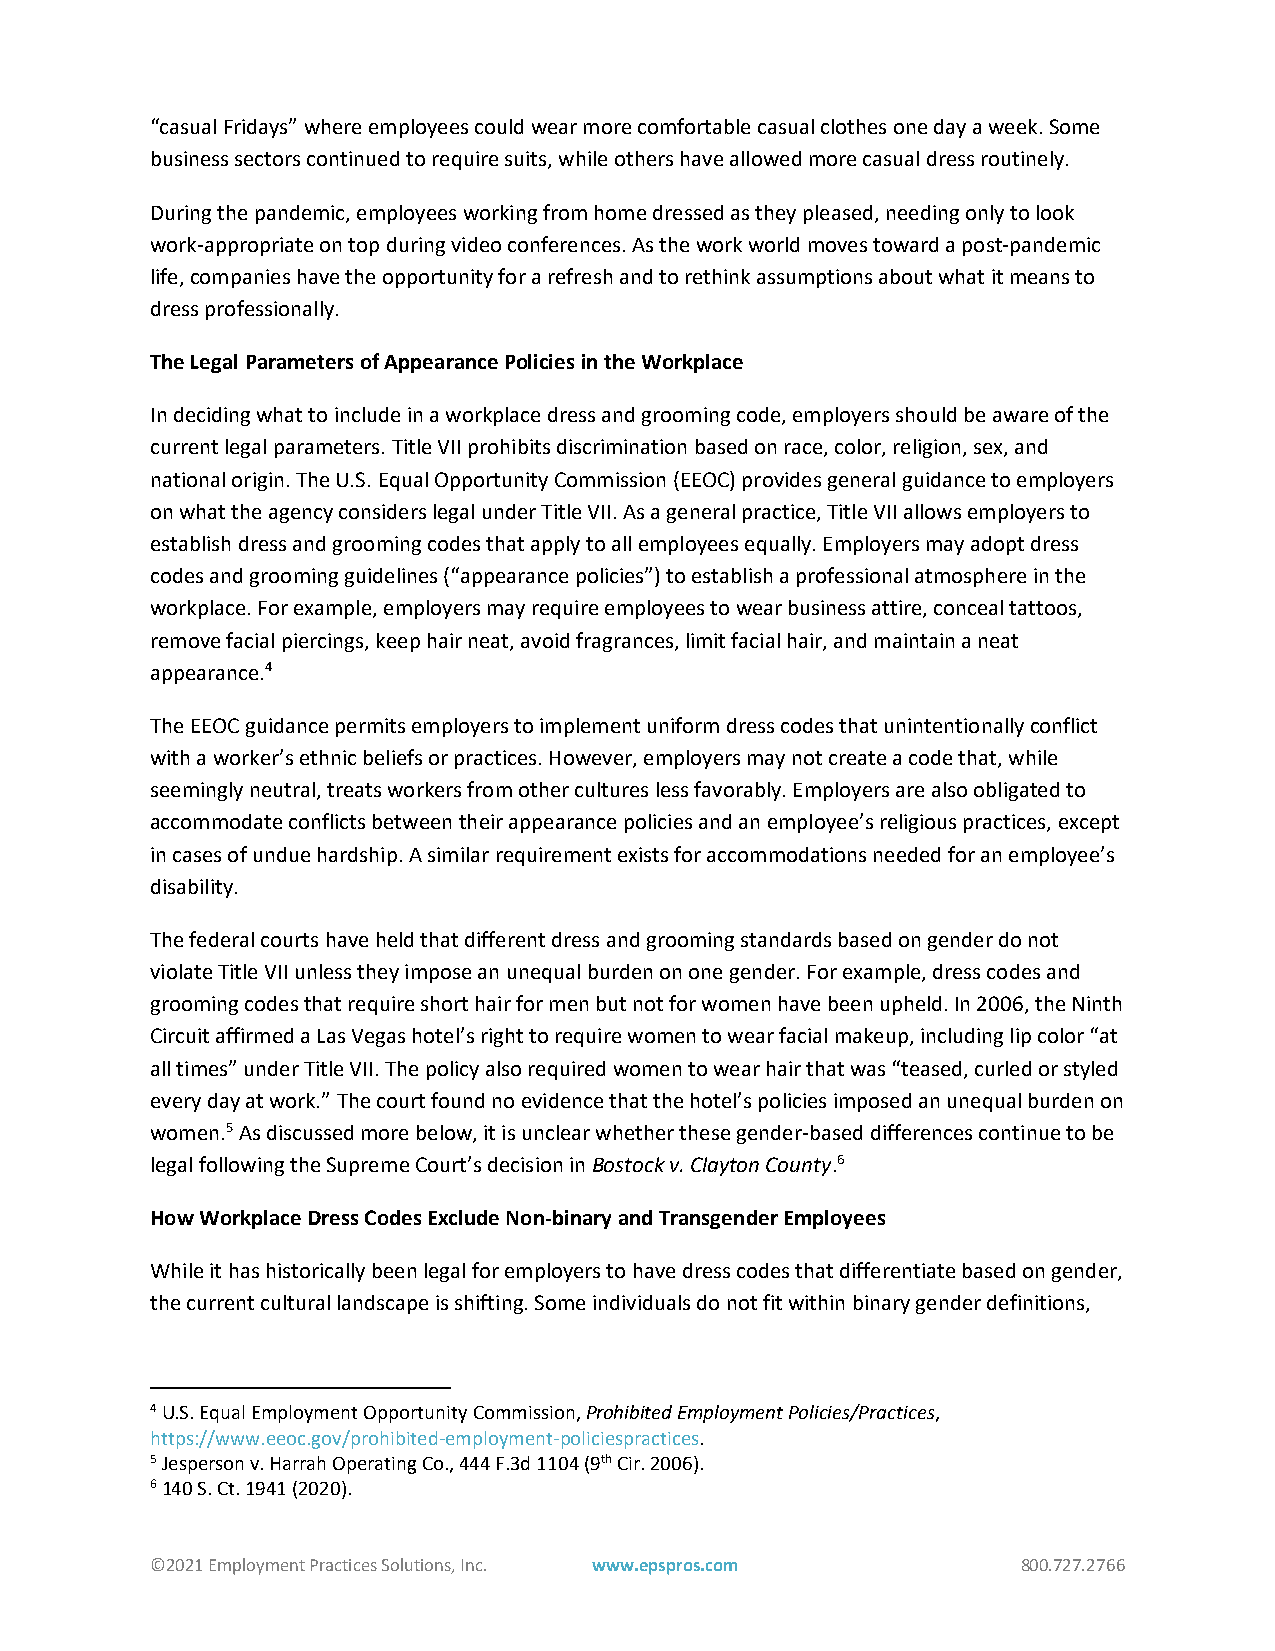
“casual Fridays” where employees could wear more comfortable casual clothes one day a week. Some
 business sectors continued to require suits, while others have allowed more casual dress routinely.
 During the pandemic, employees working from home dressed as they pleased, needing only to look
 work-appropriate on top during video conferences. As the work world moves toward a post-pandemic
 life, companies have the opportunity for a refresh and to rethink assumptions about what it means to
 dress professionally.
 The Legal Parameters of Appearance Policies in the Workplace
 In deciding what to include in a workplace dress and grooming code, employers should be aware of the
 current legal parameters. Title VII prohibits discrimination based on race, color, religion, sex, and
 national origin. The U.S. Equal Opportunity Commission (EEOC) provides general guidance to employers
 on what the agency considers legal under Title VII. As a general practice, Title VII allows employers to
 establish dress and grooming codes that apply to all employees equally. Employers may adopt dress
 codes and grooming guidelines (“appearance policies”) to establish a professional atmosphere in the
 workplace. For example, employers may require employees to wear business attire, conceal tattoos,
 remove facial piercings, keep hair neat, avoid fragrances, limit facial hair, and maintain a neat
 appearance.4
 The EEOC guidance permits employers to implement uniform dress codes that unintentionally conflict
 with a worker’s ethnic beliefs or practices. However, employers may not create a code that, while
 seemingly neutral, treats workers from other cultures less favorably. Employers are also obligated to
 accommodate conflicts between their appearance policies and an employee’s religious practices, except
 in cases of undue hardship. A similar requirement exists for accommodations needed for an employee’s
 disability.
 The federal courts have held that different dress and grooming standards based on gender do not
 violate Title VII unless they impose an unequal burden on one gender. For example, dress codes and
 grooming codes that require short hair for men but not for women have been upheld. In 2006, the Ninth
 Circuit affirmed a Las Vegas hotel’s right to require women to wear facial makeup, including lip color “at
 all times” under Title VII. The policy also required women to wear hair that was “teased, curled or styled
 every day at work.” The court found no evidence that the hotel’s policies imposed an unequal burden on
 women.5 As discussed more below, it is unclear whether these gender-based differences continue to be
 legal following the Supreme Court’s decision in Bostock v. Clayton County.6
 How Workplace Dress Codes Exclude Non-binary and Transgender Employees
 While it has historically been legal for employers to have dress codes that differentiate based on gender,
 the current cultural landscape is shifting. Some individuals do not fit within binary gender definitions,
 4 U.S. Equal Employment Opportunity Commission, Prohibited Employment Policies/Practices,
 https://www.eeoc.gov/prohibited-employment-policiespractices.
 5 Jesperson v. Harrah Operating Co., 444 F.3d 1104 (9th Cir. 2006).
 6 140 S. Ct. 1941 (2020).
 ©2021 Employment Practices Solutions, Inc. www.epspros.com 800.727.2766